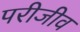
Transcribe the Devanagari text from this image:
परीजीव